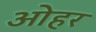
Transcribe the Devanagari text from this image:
ओहर